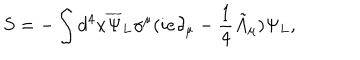
S = - \int d ^ { 4 } x { \overline { { { \Psi } } } _ { L } } \gamma ^ { \mu } ( i e \partial _ { \mu } - \frac { 1 } { 4 } { \tilde { A } } _ { \mu } ) \Psi _ { L } ,